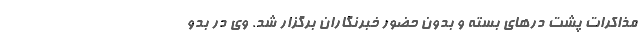
مذاکرات پشت درهای بسته و بدون حضور خبرنگاران برگزار شد. وی در بدو